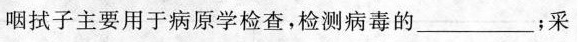
咽拭子主要用于病原学检查，检测病毒的___；采